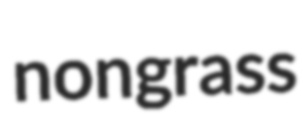
nongrass